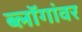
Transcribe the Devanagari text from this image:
ब्लॉगांवर